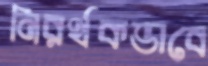
নিরর্থকভাবে